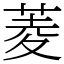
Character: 菱